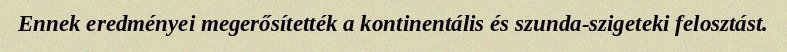
Ennek eredményei megerősítették a kontinentális és szunda-szigeteki felosztást.